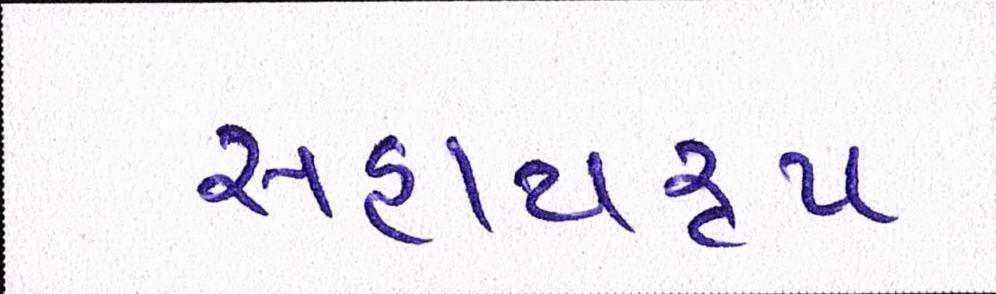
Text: સહાયરૃપ